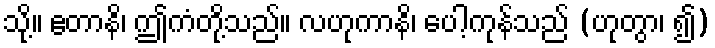
သို့။ ဧတာနိ၊ ဤကံတို့သည်။ လဟုကာနိ၊ ပေါ့ကုန်သည် (ဟုတွာ၊ ၍)